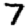
Digit: 7